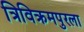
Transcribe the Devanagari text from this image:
त्रिविक्रमपुरला